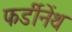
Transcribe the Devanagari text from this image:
फर्डीनेंथ